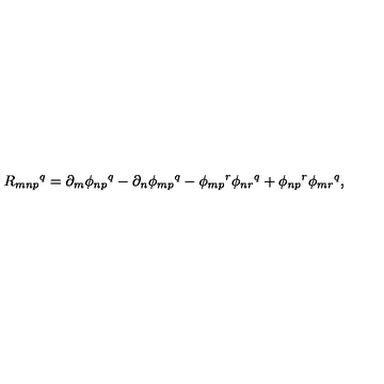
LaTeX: R _ { m n p } { } ^ { q } = \partial _ { m } \phi _ { n p } { } ^ { q } - \partial _ { n } \phi _ { m p } { } ^ { q } - \phi _ { m p } { } ^ { r } \phi _ { n r } { } ^ { q } + \phi _ { n p } { } ^ { r } \phi _ { m r } { } ^ { q } ,